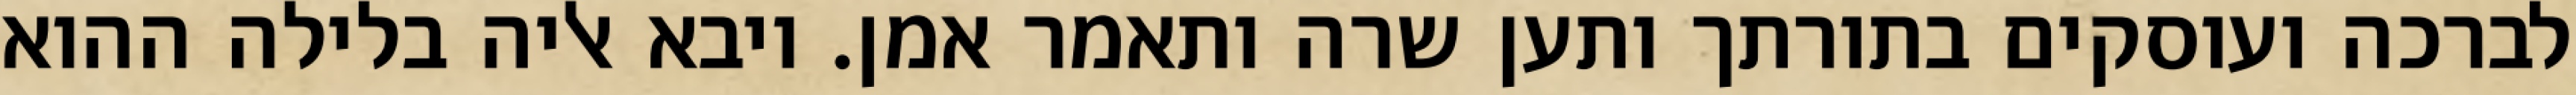
לברכה ועוסקים בתורתך ותען שרה ותאמר אמן. ויבא אליה בלילה ההוא